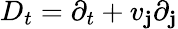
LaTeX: D_{t}=\partial_{t}+v_{\mathbf{j}}\partial_{\mathbf{j}}